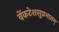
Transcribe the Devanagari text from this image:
वेंकटेशसुप्रभातम्